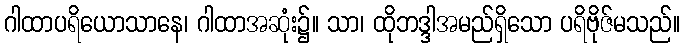
ဂါထာပရိယောသာနေ၊ ဂါထာအဆုံး၌။ သာ၊ ထိုဘဒ္ဒါအမည်ရှိသော ပရိဗိုဇ်မသည်။